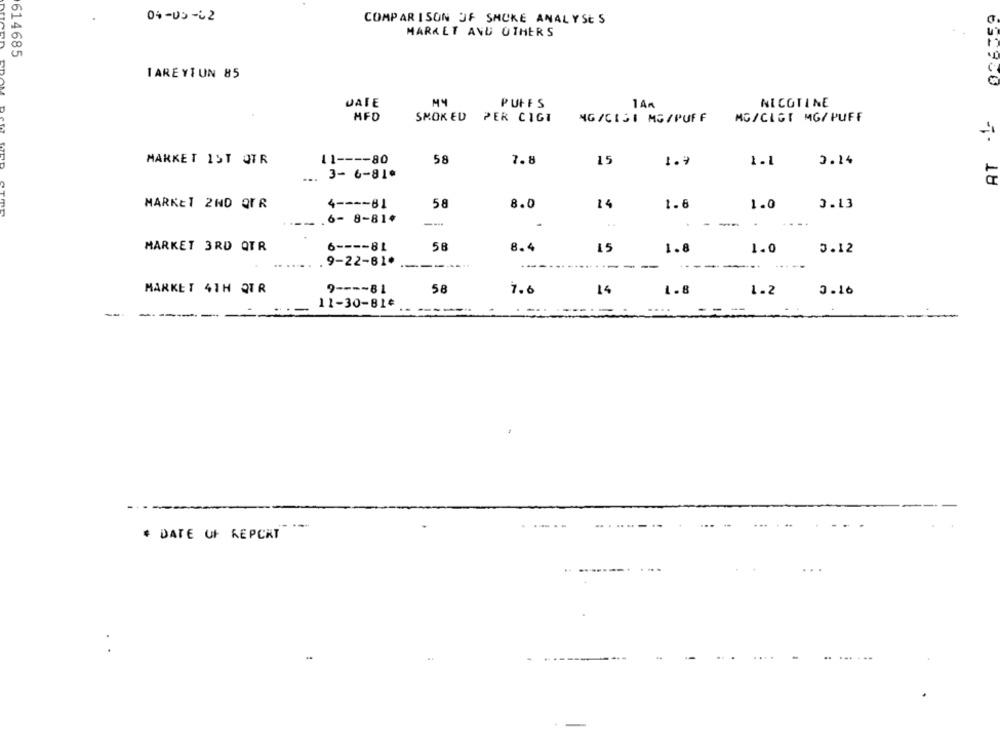
04-05-02
COMPARISON OF SMOKE ANALYSES
MARKET AND OTHERS
614685
TAREYIUN 85
JAIE
MY
PUFFS
1 AA
NICOTINE
HFD
SMOKED
PER CIGT
NG/CISI MG/PUFF
MG/CLGT MG/ PUFF
MARKET IST OTR
11 ---- 80
58
7.8
15
1.7
1.1
0.14
.. 3- 6-81*
5- 18
58
8.0
1.6
MARKET 2ND OFR
4 ---- 81
14
1.0
3.13
6- 8-81+
--**
-
--
6 ---- 81
58
8.4
1.8
MARKET 3RD QTR
15
1.0
3.12
9-22-81*
-...
-
-
--
---------
MARKET 4TH QTR
9 ---- 81
58
7.6
14
1.8
1.2
3.16
11-30-81¢
* DATE OF REPORT
-
....
.. ......